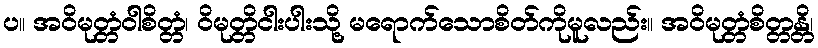
ပ။ အဝိမုတ္တံဝါစိတ္တံ၊ ဝိမုတ္တိငါးပါးသို့ မရောက်သောစိတ်ကိုမူလည်း။ အဝိမုတ္တံစိတ္တန္တိ၊